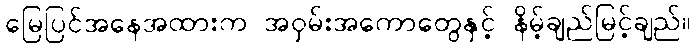
မြေပြင်အနေအထားက အဝှမ်းအကောတွေနှင့် နိမ့်ချည်မြင့်ချည်။